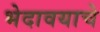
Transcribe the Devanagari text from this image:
भेदावयाचे